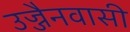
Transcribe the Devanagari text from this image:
उज्जैनवासी